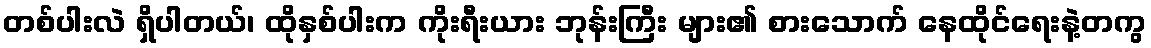
တစ်ပါးလဲ ရှိပါတယ်၊ ထိုနှစ်ပါးက ကိုးရီးယား ဘုန်းကြီး များ၏ စားသောက် နေထိုင်ရေးနဲ့တကွ